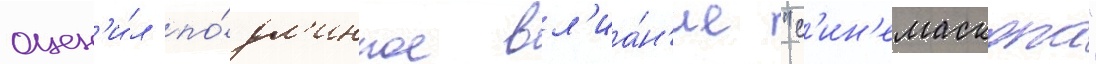
оцен'и́л по́дл'инное вл'иа́н'ие "с'ин'емаскопа"